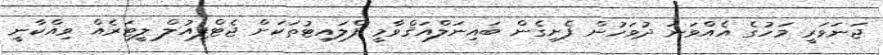
ޖަނަވަރީ މަހުގެ އެއްވަނަ ދުވަހުން ފެށިގެން ބައިނަލްއަޤްވާމީ ފްލައިޓުތަކަށް ޖެޓްފިއުލް ލީޓަރެއް ވިއްކާނީ